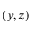
( y , z )